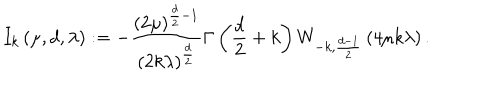
LaTeX: I _ { k } \left( \mu , d , \lambda \right) : = - \frac { \left( 2 \mu \right) ^ { \frac { d } { 2 } - 1 } } { \left( 2 k \lambda \right) ^ { \frac { d } { 2 } } } \Gamma \left( \frac { d } { 2 } + k \right) W _ { - k , \frac { d - 1 } { 2 } } \left( 4 \mu k \lambda \right) .